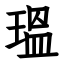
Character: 瑥